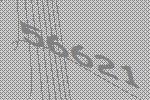
56621